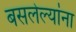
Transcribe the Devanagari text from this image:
बसलेल्यांना